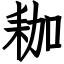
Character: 耞